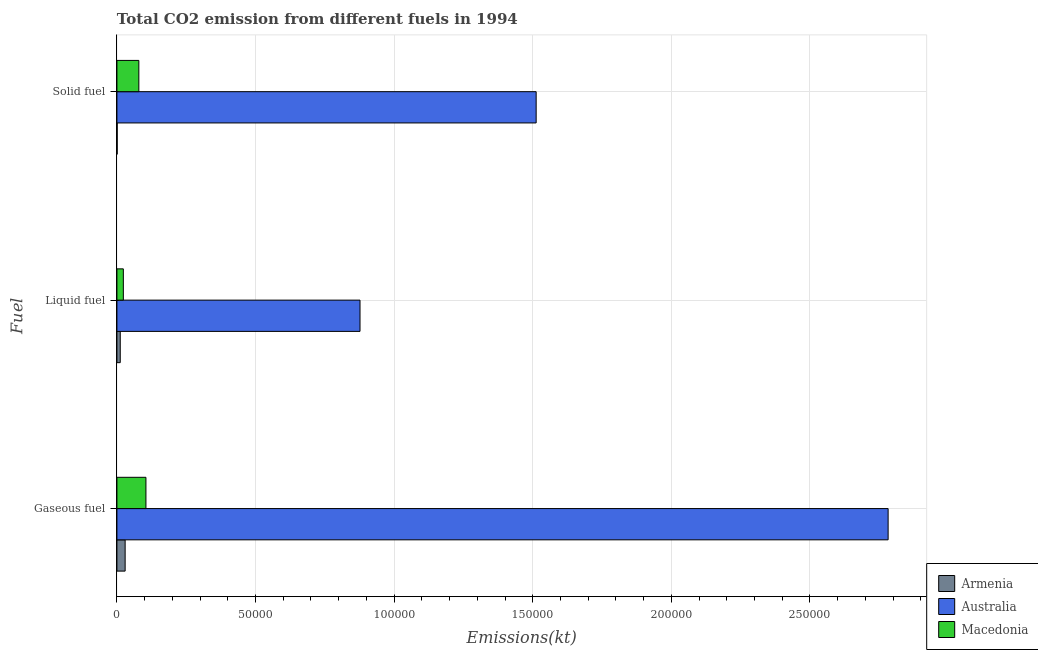
| Fuel | Armenia | Australia | Macedonia |
 | --- | --- | --- | --- |
 | Gaseous fuel | 2.97e+03 | 2.78e+05 | 1.05e+04 |
 | Liquid fuel | 1.2e+03 | 8.77e+04 | 2.32e+03 |
 | Solid fuel | 95.3 | 1.51e+05 | 7.91e+03 |